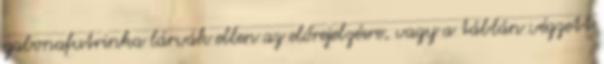
gabonafutrinka lárvák ellen az előrejelzésre, vagy a táblán végzett